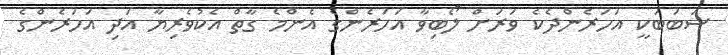
ސަބަބަކީ އަހަރެންދެކެ ވަރަށް ލޯބިވާ އަހަރެންގެ އެންމެ ގާތް އެކުވެރިޔާ އަދި އަހަރެންގެ